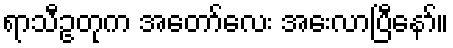
ရာသီဥတုက အတော်လေး အေးလာပြီနော်။